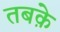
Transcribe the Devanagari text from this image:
तबके़